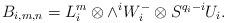
LaTeX: \begin{align*}B_{i,m,n}=L_{i}^{m}\otimes \wedge^{i}W_{i}^{-}\otimes S^{q_{i}-i}U_{i}.\end{align*}